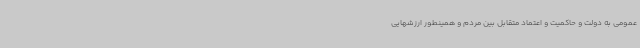
عمومی به دولت و حاکمیت و اعتماد متقابل بین مردم و همینطور ارزشهایی